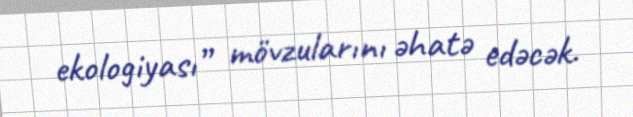
ekologiyası” mövzularını əhatə edəcək.